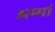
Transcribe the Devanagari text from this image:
अम्‍मां